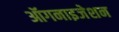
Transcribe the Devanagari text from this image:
ऑगनाइजेशन